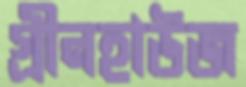
গ্রীনহাউজ